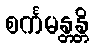
စင်္ကမန္တန္တိ